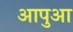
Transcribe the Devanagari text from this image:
आपुआ